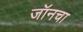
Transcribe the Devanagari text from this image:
जॉनचा